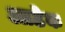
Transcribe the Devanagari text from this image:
आठेक